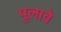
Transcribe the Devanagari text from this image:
पुलावे